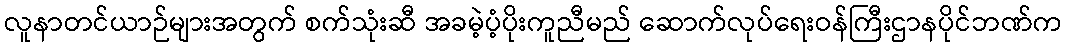
လူနာတင်ယာဉ်များအတွက် စက်သုံးဆီ အခမဲ့ပံ့ပိုးကူညီမည် ဆောက်လုပ်ရေးဝန်ကြီးဌာနပိုင်ဘဏ်က